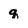
Character: q